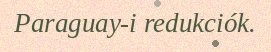
Paraguay-i redukciók.